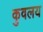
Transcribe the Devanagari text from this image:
कुवलय